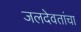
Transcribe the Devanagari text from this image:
जलदेवतांचा